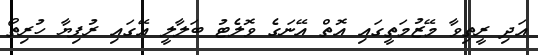
އަދި ރީތިވާ މޭޒުމަތީގައި އޮތް އޭނަގެ ވޮލެޓު ބަލާލީ އޭގައި ރުފިޔާ ހުރިތޯ